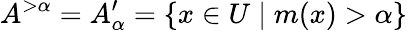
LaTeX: A^{>\alpha}=A_{\alpha}^{\prime}=\{ x\in U\mid m(x)>\alpha\}